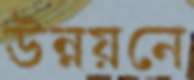
উন্নয়নে